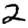
Digit: 2